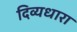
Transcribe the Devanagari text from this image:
दिव्यधारा